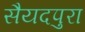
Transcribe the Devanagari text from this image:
सैयदपुरा